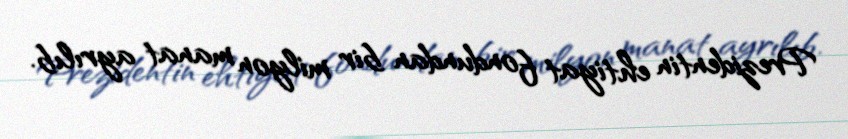
Prezidentin ehtiyat fondundan bir milyon manat ayrılıb.